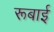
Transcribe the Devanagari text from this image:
रूबाई